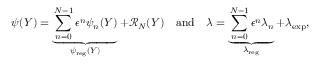
\psi ( Y ) = \underbrace { \sum _ { n = 0 } ^ { N - 1 } \epsilon ^ { n } \psi _ { n } ( Y ) } _ { \psi _ { \mathrm { r e g } } ( Y ) } + \mathcal { R } _ { N } ( Y ) \quad \mathrm { a n d } \quad \lambda = \underbrace { \sum _ { n = 0 } ^ { N - 1 } \epsilon ^ { n } \lambda _ { n } } _ { \lambda _ { \mathrm { r e g } } } + \lambda _ { \mathrm { e x p } } ,